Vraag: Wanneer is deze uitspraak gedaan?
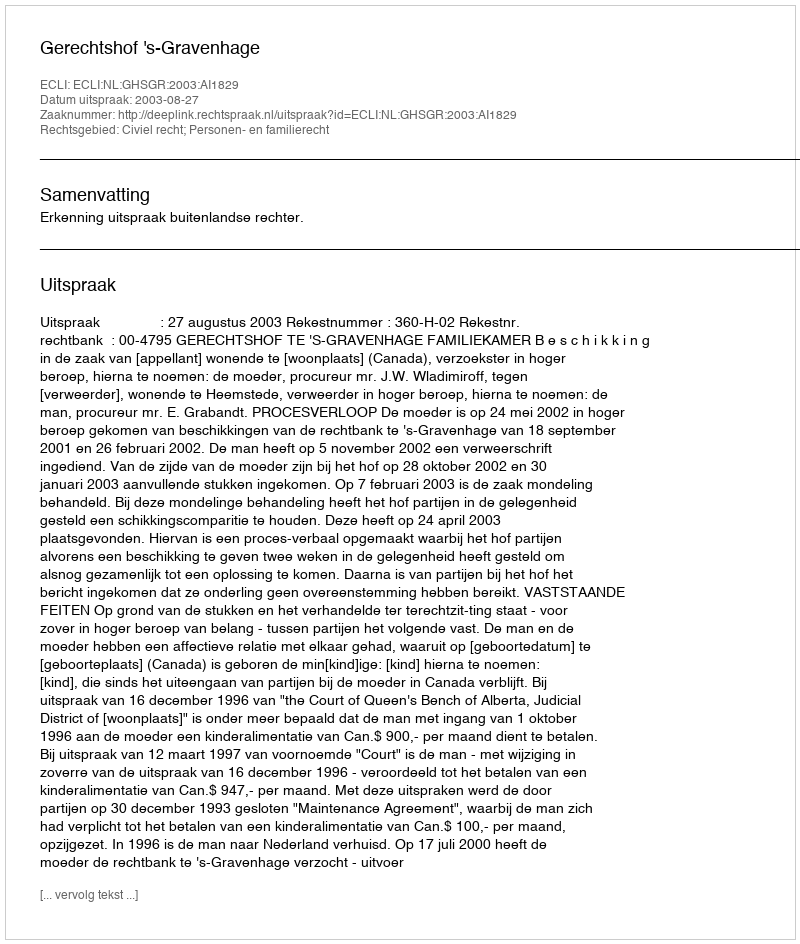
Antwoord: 2003-08-27